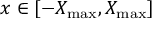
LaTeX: x \in [ - X _ { \operatorname* { m a x } } , X _ { \operatorname* { m a x } } ]